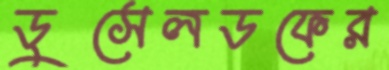
ডুসেলডফের